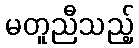
မတူညီသည့်